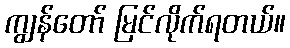
ကျွန်တော် မြင်လိုက်ရတယ်။